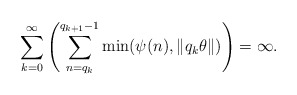
\begin{align*}\sum_{k=0}^{\infty}\left(\sum_{n=q_k}^{q_{k+1}-1}\min(\psi(n),\| q_k\theta\|)\right)=\infty.\end{align*}